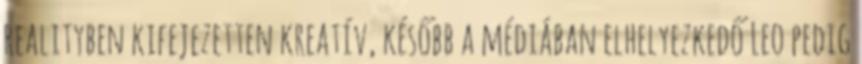
realityben kifejezetten kreatív, később a médiában elhelyezkedő Leo pedig